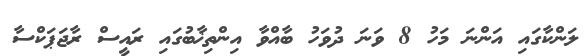
ލަންކާގައި އަންނަ މަހު 8 ވަނަ ދުވަހު ބާއްވާ އިންތިޚާބުގައި ރައީސް ރާޖަޕަކްސާ